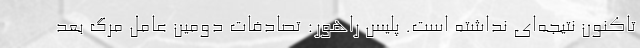
تاکنون نتیجه‌ای نداشته است. پلیس راهور: تصادفات دومین عامل مرگ بعد